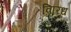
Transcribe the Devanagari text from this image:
विरिध